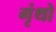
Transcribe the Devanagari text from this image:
गृंथो